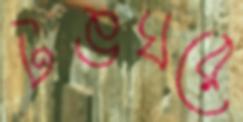
টঙঘরে